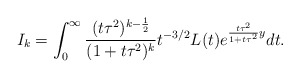
\begin{align*} I_{k}= \int_{0}^{\infty} \frac{(t\tau^2)^{k-\frac{1}{2}}}{(1+t\tau^2)^{k}}t^{-3/2}L(t)e^{\frac{t\tau^2}{1+t\tau^2}y}dt. \end{align*}